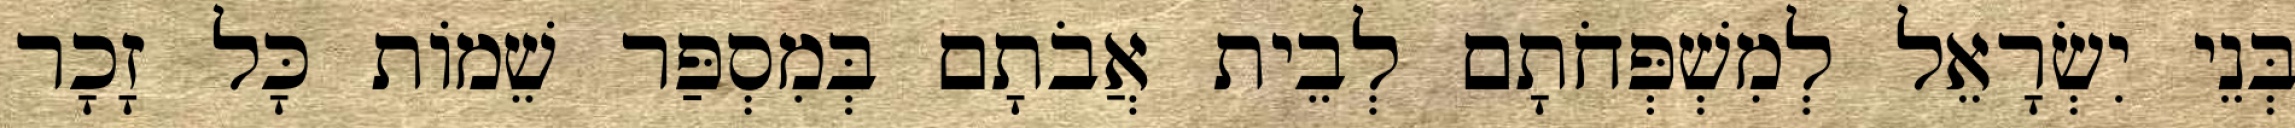
בְּנֵי יִשְׂרָאֵל לְמִשְׁפְּחֹתָם לְבֵית אֲבֹתָם בְּמִסְפַּר שֵׁמוֹת כָּל זָכָר